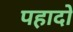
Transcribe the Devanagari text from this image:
पहादो